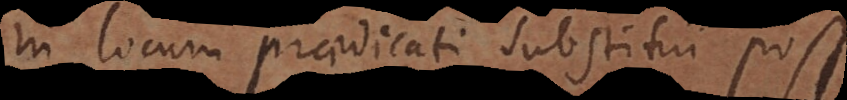
in locum praedicati substitui posse